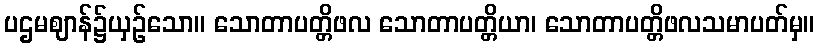
ပဌမဈာန်၌ယှဉ်သော။ သောတာပတ္တိဖလ သောတာပတ္တိယာ၊ သောတာပတ္တိဖလသမာပတ်မှ။